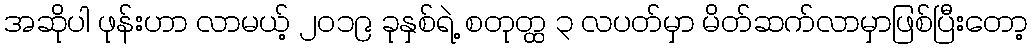
အဆိုပါ ဖုန်းဟာ လာမယ့် ၂၀၁၉ ခုနှစ်ရဲ့ စတုတ္ထ ၃ လပတ်မှာ မိတ်ဆက်လာမှာဖြစ်ပြီးတော့